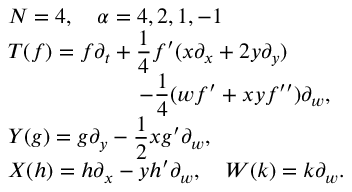
\begin{array} { l } { { N = 4 , \quad \alpha = 4 , 2 , 1 , - 1 } } \\ { { \displaystyle T ( f ) = f \partial _ { t } + \frac { 1 } { 4 } f ^ { \prime } ( x \partial _ { x } + 2 y \partial _ { y } ) } } \\ { { \displaystyle \qquad \qquad \qquad - \frac { 1 } { 4 } ( w f ^ { \prime } + x y f ^ { \prime \prime } ) \partial _ { w } , } } \\ { { \displaystyle Y ( g ) = g \partial _ { y } - \frac { 1 } { 2 } x g ^ { \prime } \partial _ { w } , } } \\ { { \displaystyle X ( h ) = h \partial _ { x } - y h ^ { \prime } \partial _ { w } , \quad W ( k ) = k \partial _ { w } . } } \end{array}